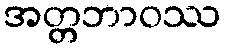
အတ္တဘာဝဿ